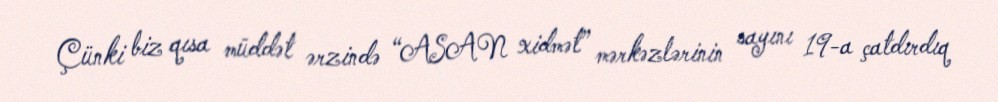
Çünki biz qısa müddət ərzində “ASAN xidmət” mərkəzlərinin sayını 19-a çatdırdıq